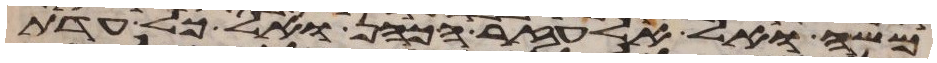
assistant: משה ואל אלעזר הכהן ואל כל עדת